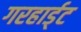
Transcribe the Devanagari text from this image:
गरहार्ड्‌ट